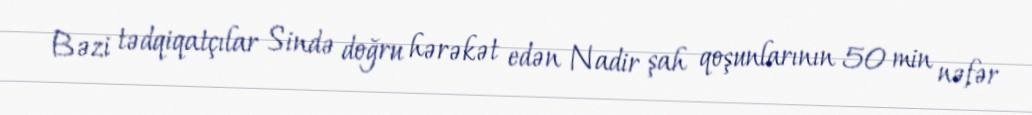
Bəzi tədqiqatçılar Sində doğru hərəkət edən Nadir şah qoşunlarının 50 min nəfər